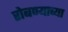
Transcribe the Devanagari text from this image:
रोबण्याच्या